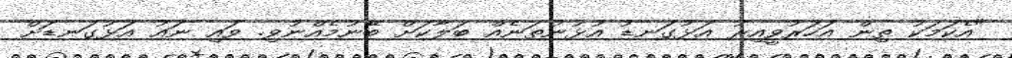
"އެކަމަކު ތިން އަހަރުވީއިރު އަޅުގަނޑު އުޅުނުތަނެއް ބަލާކަށް ބޭނުމެއްނުވި. ވައި ނައު އަޅުގަނޑަށް